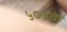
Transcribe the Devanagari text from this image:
५०४के